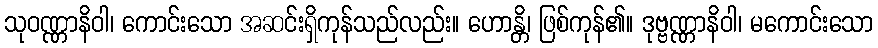
သုဝဏ္ဏာနိဝါ၊ ကောင်းသော အဆင်းရှိကုန်သည်လည်း။ ဟောန္တိ၊ ဖြစ်ကုန်၏။ ဒုဗ္ဗဏ္ဏာနိဝါ၊ မကောင်းသော